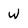
Character: w